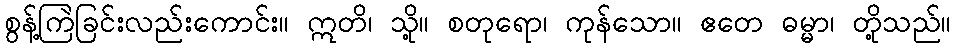
စွန့်ကြဲခြင်းလည်းကောင်း။ ဣတိ၊ သို့။ စတုရော၊ ကုန်သော။ ဧတေ ဓမ္မာ၊ တို့သည်။